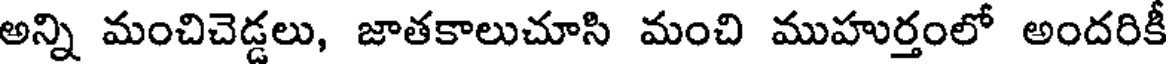
అన్ని మంచిచెడ్డలు, జాతకాలుచూసి మంచి ముహుర్తంలో అందరికీ